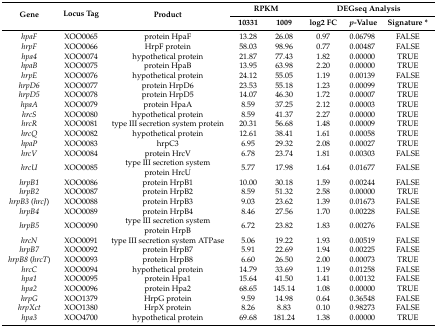
<table><thead><tr><td rowspan="2"><b>Gene</b></td><td rowspan="2"><b>Locus Tag</b></td><td rowspan="2"><b>Product</b></td><td colspan="2"><b>RPKM</b></td><td colspan="3"><b>DEGseq Analysis</b></td></tr><tr><td><b>10331</b></td><td><b>1009</b></td><td><b>log2 FC</b></td><td><b><i>p</i>-Value</b></td><td><b>Signature *</b></td></tr></thead><tbody><tr><td><i>hpaF</i></td><td>XOO0065</td><td>protein HpaF</td><td>13.28</td><td>26.08</td><td>0.97</td><td>0.06798</td><td>FALSE</td></tr><tr><td><i>hrpF</i></td><td>XOO0066</td><td>HrpF protein</td><td>58.03</td><td>98.96</td><td>0.77</td><td>0.00487</td><td>FALSE</td></tr><tr><td><i>hpa4</i></td><td>XOO0074</td><td>hypothetical protein</td><td>21.87</td><td>77.43</td><td>1.82</td><td>0.00000</td><td>TRUE</td></tr><tr><td><i>hpaB</i></td><td>XOO0075</td><td>protein HpaB</td><td>13.95</td><td>63.98</td><td>2.20</td><td>0.00000</td><td>TRUE</td></tr><tr><td><i>hrpE</i></td><td>XOO0076</td><td>hypothetical protein</td><td>24.12</td><td>55.05</td><td>1.19</td><td>0.00139</td><td>FALSE</td></tr><tr><td><i>hrpD6</i></td><td>XOO0077</td><td>protein HrpD6</td><td>23.53</td><td>55.18</td><td>1.23</td><td>0.00099</td><td>TRUE</td></tr><tr><td><i>hrpD5</i></td><td>XOO0078</td><td>protein HrpD5</td><td>14.07</td><td>46.30</td><td>1.72</td><td>0.00007</td><td>TRUE</td></tr><tr><td><i>hpaA</i></td><td>XOO0079</td><td>protein HpaA</td><td>8.59</td><td>37.25</td><td>2.12</td><td>0.00003</td><td>TRUE</td></tr><tr><td><i>hrcS</i></td><td>XOO0080</td><td>hypothetical protein</td><td>8.59</td><td>41.37</td><td>2.27</td><td>0.00000</td><td>TRUE</td></tr><tr><td><i>hrcR</i></td><td>XOO0081</td><td>type III secretion system protein</td><td>20.31</td><td>56.68</td><td>1.48</td><td>0.00009</td><td>TRUE</td></tr><tr><td><i>hrcQ</i></td><td>XOO0082</td><td>hypothetical protein</td><td>12.61</td><td>38.41</td><td>1.61</td><td>0.00058</td><td>TRUE</td></tr><tr><td><i>hpaP</i></td><td>XOO0083</td><td>hrpC3</td><td>6.95</td><td>29.32</td><td>2.08</td><td>0.00027</td><td>TRUE</td></tr><tr><td><i>hrcV</i></td><td>XOO0084</td><td>protein HrcV</td><td>6.78</td><td>23.74</td><td>1.81</td><td>0.00303</td><td>FALSE</td></tr><tr><td><i>hrcU</i></td><td>XOO0085</td><td>type III secretion system protein HrcU</td><td>5.77</td><td>17.98</td><td>1.64</td><td>0.01677</td><td>FALSE</td></tr><tr><td><i>hrpB1</i></td><td>XOO0086</td><td>protein HrpB1</td><td>10.00</td><td>30.18</td><td>1.59</td><td>0.00244</td><td>FALSE</td></tr><tr><td><i>hrpB2</i></td><td>XOO0087</td><td>protein HrpB2</td><td>8.59</td><td>51.32</td><td>2.58</td><td>0.00000</td><td>TRUE</td></tr><tr><td><i>hrpB3</i> (<i>hrcJ</i>)</td><td>XOO0088</td><td>protein HrpB3</td><td>9.03</td><td>23.62</td><td>1.39</td><td>0.01673</td><td>FALSE</td></tr><tr><td><i>hrpB4</i></td><td>XOO0089</td><td>protein HrpB4</td><td>8.46</td><td>27.56</td><td>1.70</td><td>0.00228</td><td>FALSE</td></tr><tr><td><i>hrpB5</i></td><td>XOO0090</td><td>type III secretion system protein HrpB</td><td>6.72</td><td>23.82</td><td>1.83</td><td>0.00276</td><td>FALSE</td></tr><tr><td><i>hrcN</i></td><td>XOO0091</td><td>type III secretion system ATPase</td><td>5.06</td><td>19.22</td><td>1.93</td><td>0.00519</td><td>FALSE</td></tr><tr><td><i>hrpB7</i></td><td>XOO0092</td><td>protein HrpB7</td><td>5.91</td><td>22.69</td><td>1.94</td><td>0.00225</td><td>FALSE</td></tr><tr><td><i>hrpB8</i> (<i>hrcT</i>)</td><td>XOO0093</td><td>protein HrpB8</td><td>6.60</td><td>26.50</td><td>2.00</td><td>0.00073</td><td>TRUE</td></tr><tr><td><i>hrcC</i></td><td>XOO0094</td><td>hypothetical protein</td><td>14.79</td><td>33.69</td><td>1.19</td><td>0.01258</td><td>FALSE</td></tr><tr><td><i>hpa1</i></td><td>XOO0095</td><td>protein Hpa1</td><td>15.64</td><td>41.50</td><td>1.41</td><td>0.00132</td><td>FALSE</td></tr><tr><td><i>hpa2</i></td><td>XOO0096</td><td>protein Hpa2</td><td>68.65</td><td>145.14</td><td>1.08</td><td>0.00000</td><td>TRUE</td></tr><tr><td><i>hrpG</i></td><td>XOO1379</td><td>HrpG protein</td><td>9.59</td><td>14.98</td><td>0.64</td><td>0.36548</td><td>FALSE</td></tr><tr><td><i>hrpXct</i></td><td>XOO1380</td><td>HrpX protein</td><td>8.26</td><td>8.83</td><td>0.10</td><td>0.98273</td><td>FALSE</td></tr><tr><td><i>hpa3</i></td><td>XOO4700</td><td>hypothetical protein</td><td>69.68</td><td>181.24</td><td>1.38</td><td>0.00000</td><td>TRUE</td></tr></tbody></table>